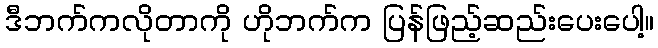
ဒီဘက်ကလိုတာကို ဟိုဘက်က ပြန်ဖြည့်ဆည်းပေးပေါ့။